Lunatic asylums in Bengal annual reports 1912-1924 - 1912-1924
Year: 1912
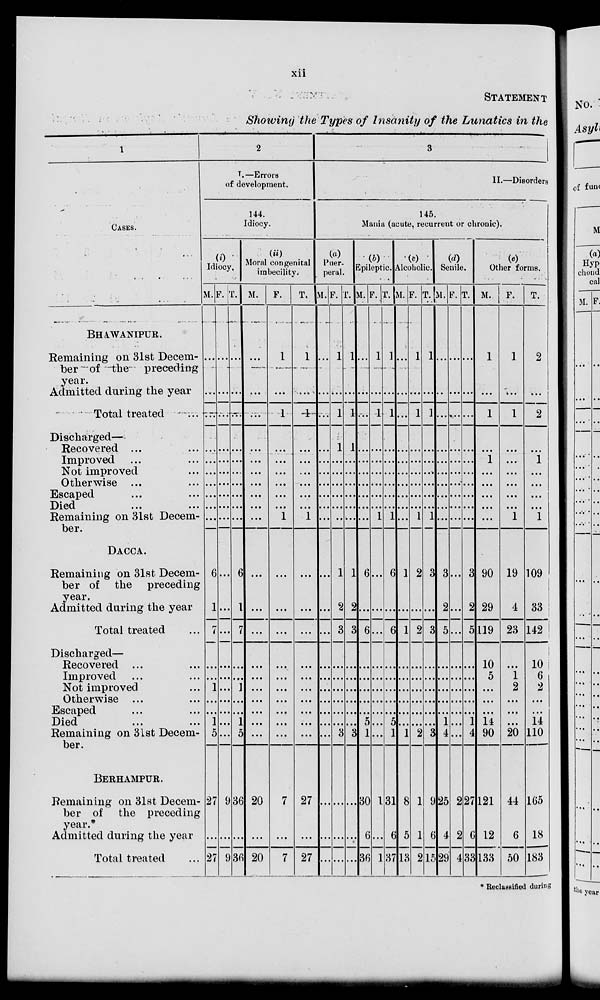
xii
STATEMENT
Showing the Types of Insanity of the Lunatics in the
1
CASES.
BHAWANIPUR.
Remaining on 31st Decem-
ber of the
preceding
year.
Admitted during the year
Total treated ...
Discharged—
Recovered ... ...
Improved .. ...
Not Improved
...
...
Otherwise ... ...
Escaped ... ...
Died
...
...
Remaining on 31st Decem-
ber.
DACCA.
Remaining on 31st Decem-
ber of the
preceding
year.
Admitted during the year
Total treated ...
Discharged—
Recovered ... ...
Imroved ... ...
Not improved ... ...
Otherwise ... ...
Escaped ... ...
Died ... ...
Remaining on 31st Decem-
ber.
BERHAMPUR.
Remaining on 31st Decem-
ber of the preceding
year.
Admitted during the year
Total treated ...
2
I.— Errors
of development.
144.
Idiocy.
(i)
Idiocy.
M.
...
...
...
...
...
...
...
...
...
...
6
1
7
...
...
1
...
...
1
5
27
...
27
F.
...
...
...
...
...
...
...
...
...
...
...
...
...
...
...
...
...
...
...
...
9
...
9
T.
...
...
...
...
...
...
...
...
...
...
6
1
7
...
...
1
...
...
1
5
36
...
36
(ii)
Moral congenital
imbecility.
M.
...
...
...
...
...
...
...
...
...
...
...
...
...
...
...
...
...
...
...
...
20
...
20
F.
1
...
1
...
...
...
...
...
...
1
...
...
...
...
...
...
...
...
...
...
7
...
7
T.
1
...
1
...
...
...
...
...
...
1
...
...
...
...
...
...
...
...
...
...
27
...
27
3
II.—Disorders
145.
Mania (acute, recurrent or chronic).
(a)
Puer-
peral.
M.
...
...
...
...
...
...
...
...
...
...
...
...
...
...
...
...
...
...
...
...
...
...
...
F.
1
...
1
1
...
...
...
...
...
...
1
2
3
...
...
...
...
...
...
3
...
...
...
T.
1
...
1
1
...
...
...
...
...
...
1
2
3
...
...
...
...
...
...
3
...
...
...
(b)
Epileptic.
M.
...
...
...
...
...
...
...
...
...
...
6
...
6
...
...
...
...
...
...
1
30
6
36
F.
1
...
1
...
...
...
...
...
...
1
...
...
...
...
...
...
...
...
...
...
1
...
1
T.
1
...
1
...
...
...
...
...
...
1
6
...
6
...
...
...
...
...
5
1
31
6
37
(c)
Alcoholic.
M.
...
...
...
...
...
...
...
...
...
...
1
...
1
...
...
...
...
...
...
1
8
5
13
F.
1
...
1
...
...
...
...
...
...
1
2
...
2
...
...
...
...
...
...
2
1
1
2
T.
1
...
1
...
...
...
...
...
...
1
3
...
3
...
...
...
...
...
...
3
9
6
15
(d)
Senile.
M.
...
...
...
...
...
...
...
...
...
...
3
2
5
...
...
...
...
...
1
4
25
4
29
F.
...
...
...
...
...
...
...
...
...
...
...
...
...
...
...
...
...
...
...
...
2
2
4
T.
...
...
...
...
...
...
...
...
...
...
3
2
5
...
...
...
...
...
1
4
27
6
33
(e)
Other forms.
M.
1
...
1
...
1
...
...
...
...
...
90
29
119
10
5
...
...
...
11
90
121
12
133
F.
1
...
1
...
...
...
...
...
...
1
19
4
23
...
1
2
...
...
...
20
44
6
50
T.
2
...
2
...
1
...
...
...
...
1
109
33
142
10
6
2
...
...
14
110
165
18
183
* Reclassified during